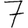
Digit: 7